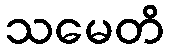
သမေတိ